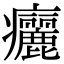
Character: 㿛